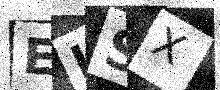
Text: ELSX